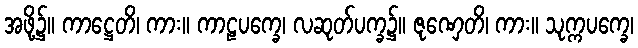
အဖို့၌။ ကာဋ္ဌေတိ၊ ကား။ ကာဠပက္ခေ၊ လဆုတ်ပက္ခ၌။ ဇုဏှေတိ၊ ကား။ သုက္ကပက္ခေ၊